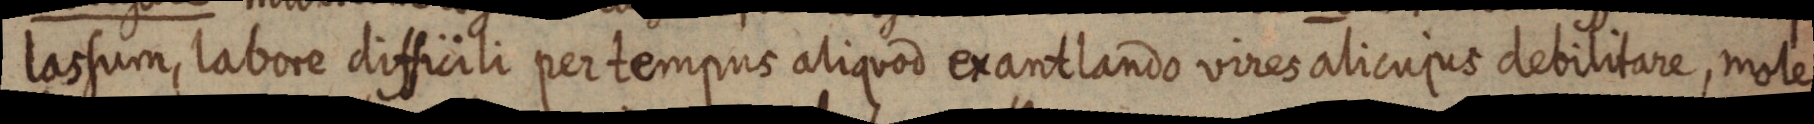
lassum, labore difficili per tempus aliquod exantlando vires alicujus debilitare, mole